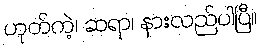
ဟုတ်ကဲ့၊ ဆရာ၊ နားလည်ပါပြီ။